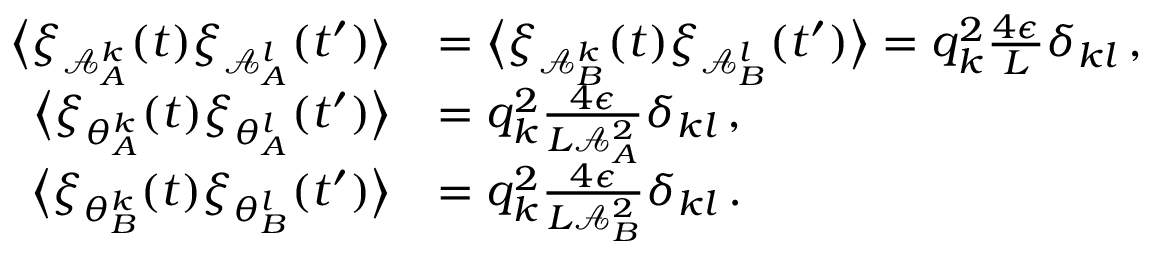
\begin{array} { r l } { \big \langle \xi _ { \mathcal { A } _ { A } ^ { k } } ( t ) \xi _ { \mathcal { A } _ { A } ^ { l } } ( t ^ { \prime } ) \big \rangle } & { = \big \langle \xi _ { \mathcal { A } _ { B } ^ { k } } ( t ) \xi _ { \mathcal { A } _ { B } ^ { l } } ( t ^ { \prime } ) \big \rangle = q _ { k } ^ { 2 } \frac { 4 \epsilon } { L } \delta _ { k l } \, , } \\ { \big \langle \xi _ { \theta _ { A } ^ { k } } ( t ) \xi _ { \theta _ { A } ^ { l } } ( t ^ { \prime } ) \big \rangle } & { = q _ { k } ^ { 2 } \frac { 4 \epsilon } { L \mathcal { A } _ { A } ^ { 2 } } \delta _ { k l } \, , } \\ { \big \langle \xi _ { \theta _ { B } ^ { k } } ( t ) \xi _ { \theta _ { B } ^ { l } } ( t ^ { \prime } ) \big \rangle } & { = q _ { k } ^ { 2 } \frac { 4 \epsilon } { L \mathcal { A } _ { B } ^ { 2 } } \delta _ { k l } \, . } \end{array}